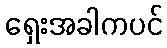
ရှေးအခါကပင်